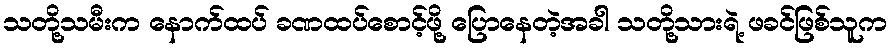
သတို့သမီးက နောက်ထပ် ခဏထပ်စောင့်ဖို့ ပြောနေတဲ့အခါ သတို့သားရဲ့ ဖခင်ဖြစ်သူက